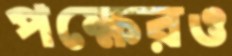
পক্ষেরও